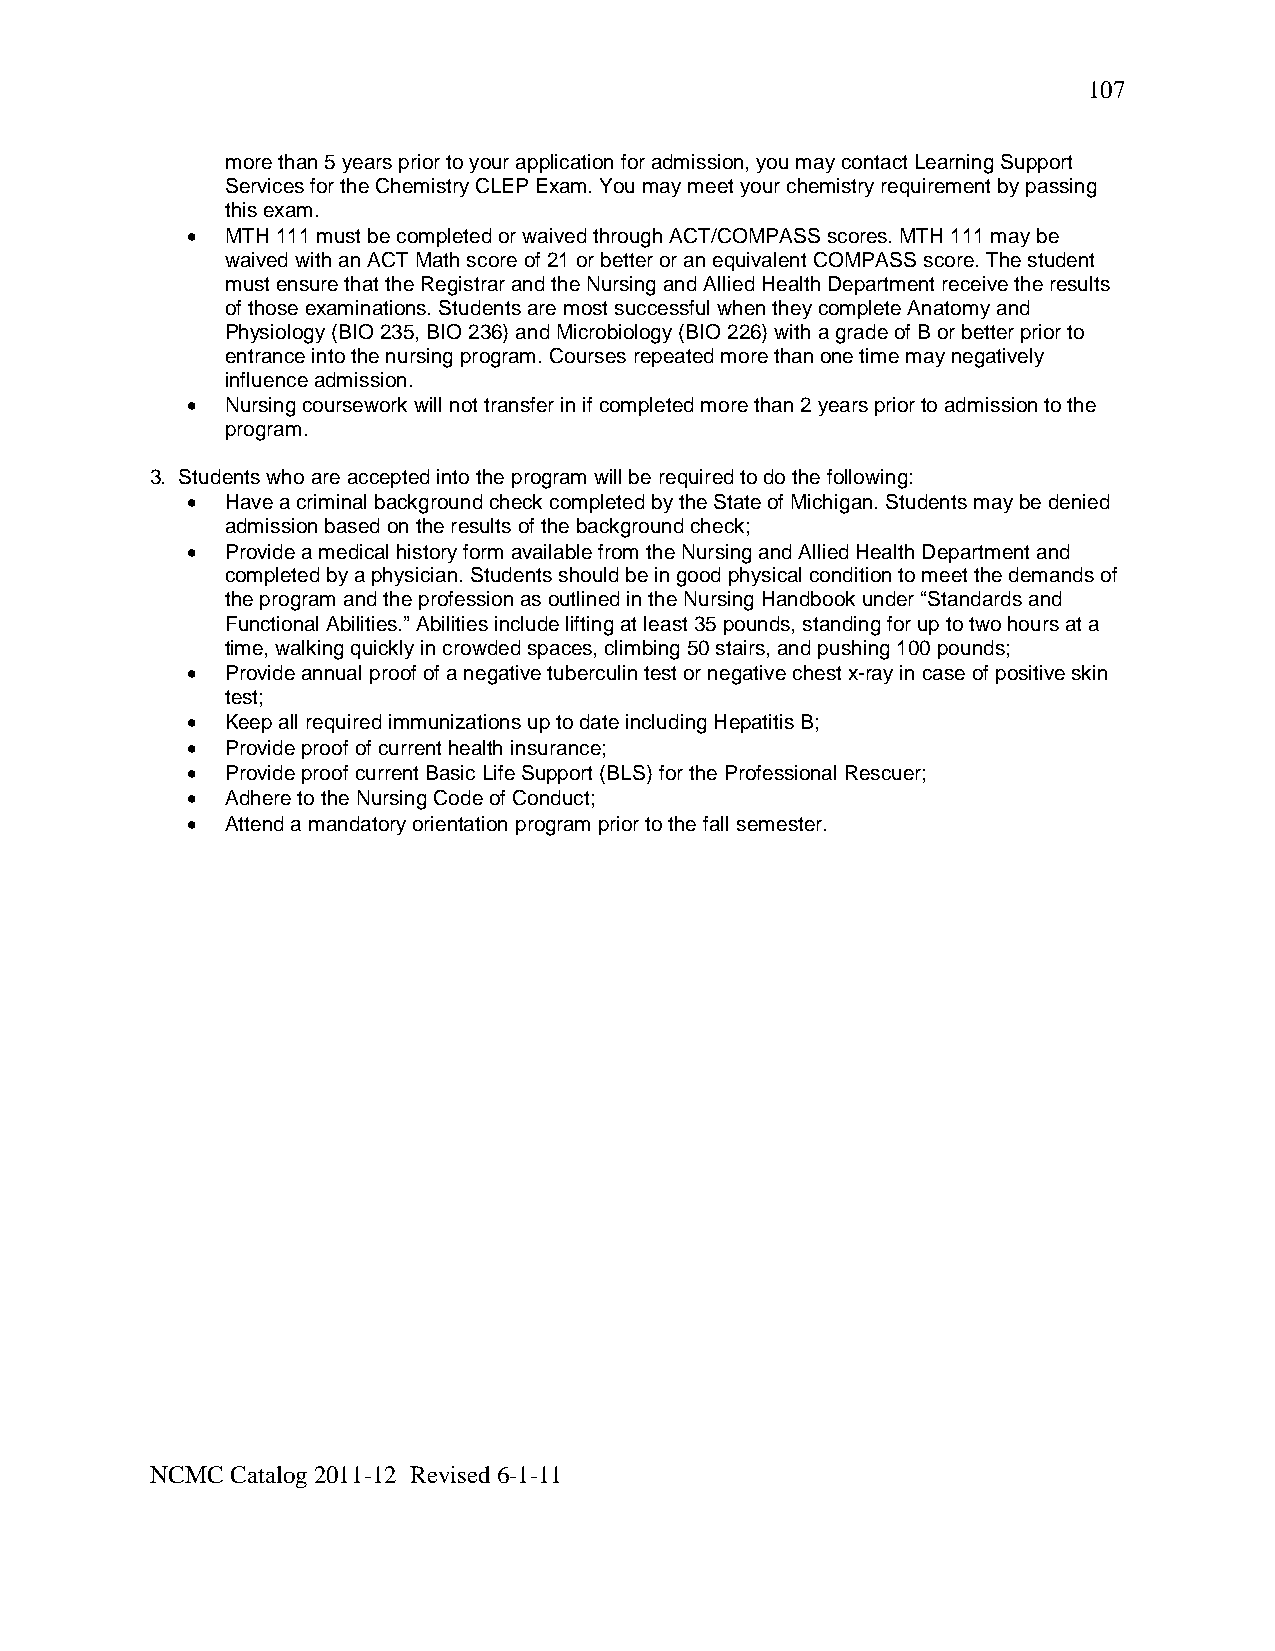
107
 more than 5 years prior to your application for admission, you may contact Learning Support
 Services for the Chemistry CLEP Exam. You may meet your chemistry requirement by passing
 this exam.
 •  MTH 111 must be completed or waived through ACT/COMPASS scores. MTH 111 may be
 waived with an ACT Math score of 21 or better or an equivalent COMPASS score. The student
 must ensure that the Registrar and the Nursing and Allied Health Department receive the results
 of those examinations. Students are most successful when they complete Anatomy and
 Physiology (BIO 235, BIO 236) and Microbiology (BIO 226) with a grade of B or better prior to
 entrance into the nursing program. Courses repeated more than one time may negatively
 influence admission.
 •  Nursing coursework will not transfer in if completed more than 2 years prior to admission to the
 program.
 3. Students who are accepted into the program will be required to do the following:
 •  Have a criminal background check completed by the State of Michigan. Students may be denied
 admission based on the results of the background check;
 •  Provide a medical history form available from the Nursing and Allied Health Department and
 completed by a physician. Students should be in good physical condition to meet the demands of
 the program and the profession as outlined in the Nursing Handbook under “Standards and
 Functional Abilities.” Abilities include lifting at least 35 pounds, standing for up to two hours at a
 time, walking quickly in crowded spaces, climbing 50 stairs, and pushing 100 pounds;
 •  Provide annual proof of a negative tuberculin test or negative chest x-ray in case of positive skin
 test;
 •  Keep all required immunizations up to date including Hepatitis B;
 •  Provide proof of current health insurance;
 •  Provide proof current Basic Life Support (BLS) for the Professional Rescuer;
 •  Adhere to the Nursing Code of Conduct;
 •  Attend a mandatory orientation program prior to the fall semester.
 NCMC Catalog 2011-12 Revised 6-1-11